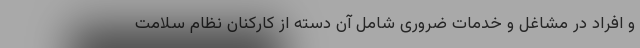
و افراد در مشاغل و خدمات ضروری شامل آن دسته از کارکنان نظام سلامت